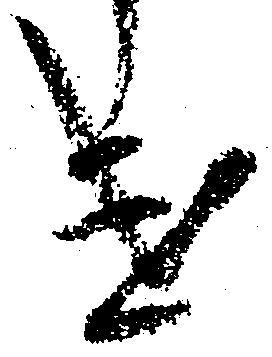
け